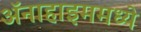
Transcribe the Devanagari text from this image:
ॲनाहाइममध्ये